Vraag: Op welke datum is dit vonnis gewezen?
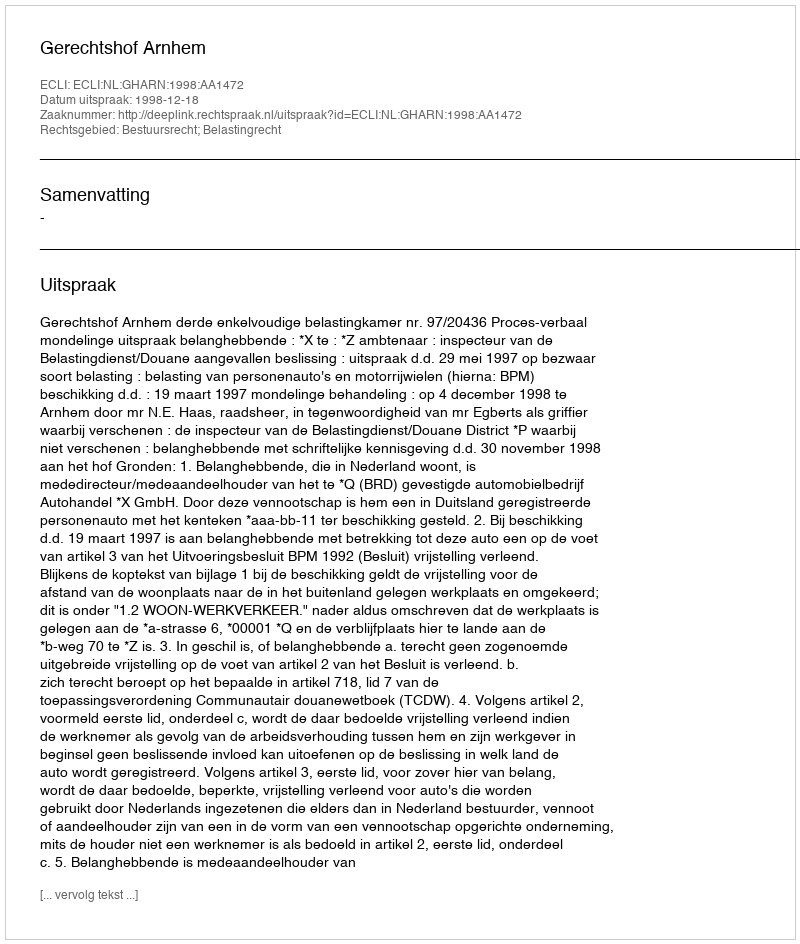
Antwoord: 1998-12-18